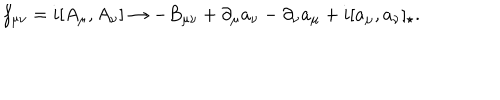
LaTeX: f _ { \mu \nu } = i [ A _ { \mu } , A _ { \nu } ] \rightarrow - B _ { \mu \nu } + \partial _ { \mu } a _ { \nu } - \partial _ { \nu } a _ { \mu } + i [ a _ { \mu } , a _ { \nu } ] _ { \star } .